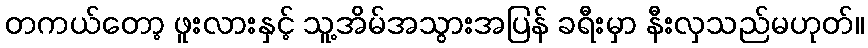
တကယ်တော့ ဖူးလားနှင့် သူ့အိမ်အသွားအပြန် ခရီးမှာ နီးလှသည်မဟုတ်။